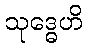
သုဒ္ဓေဟိ